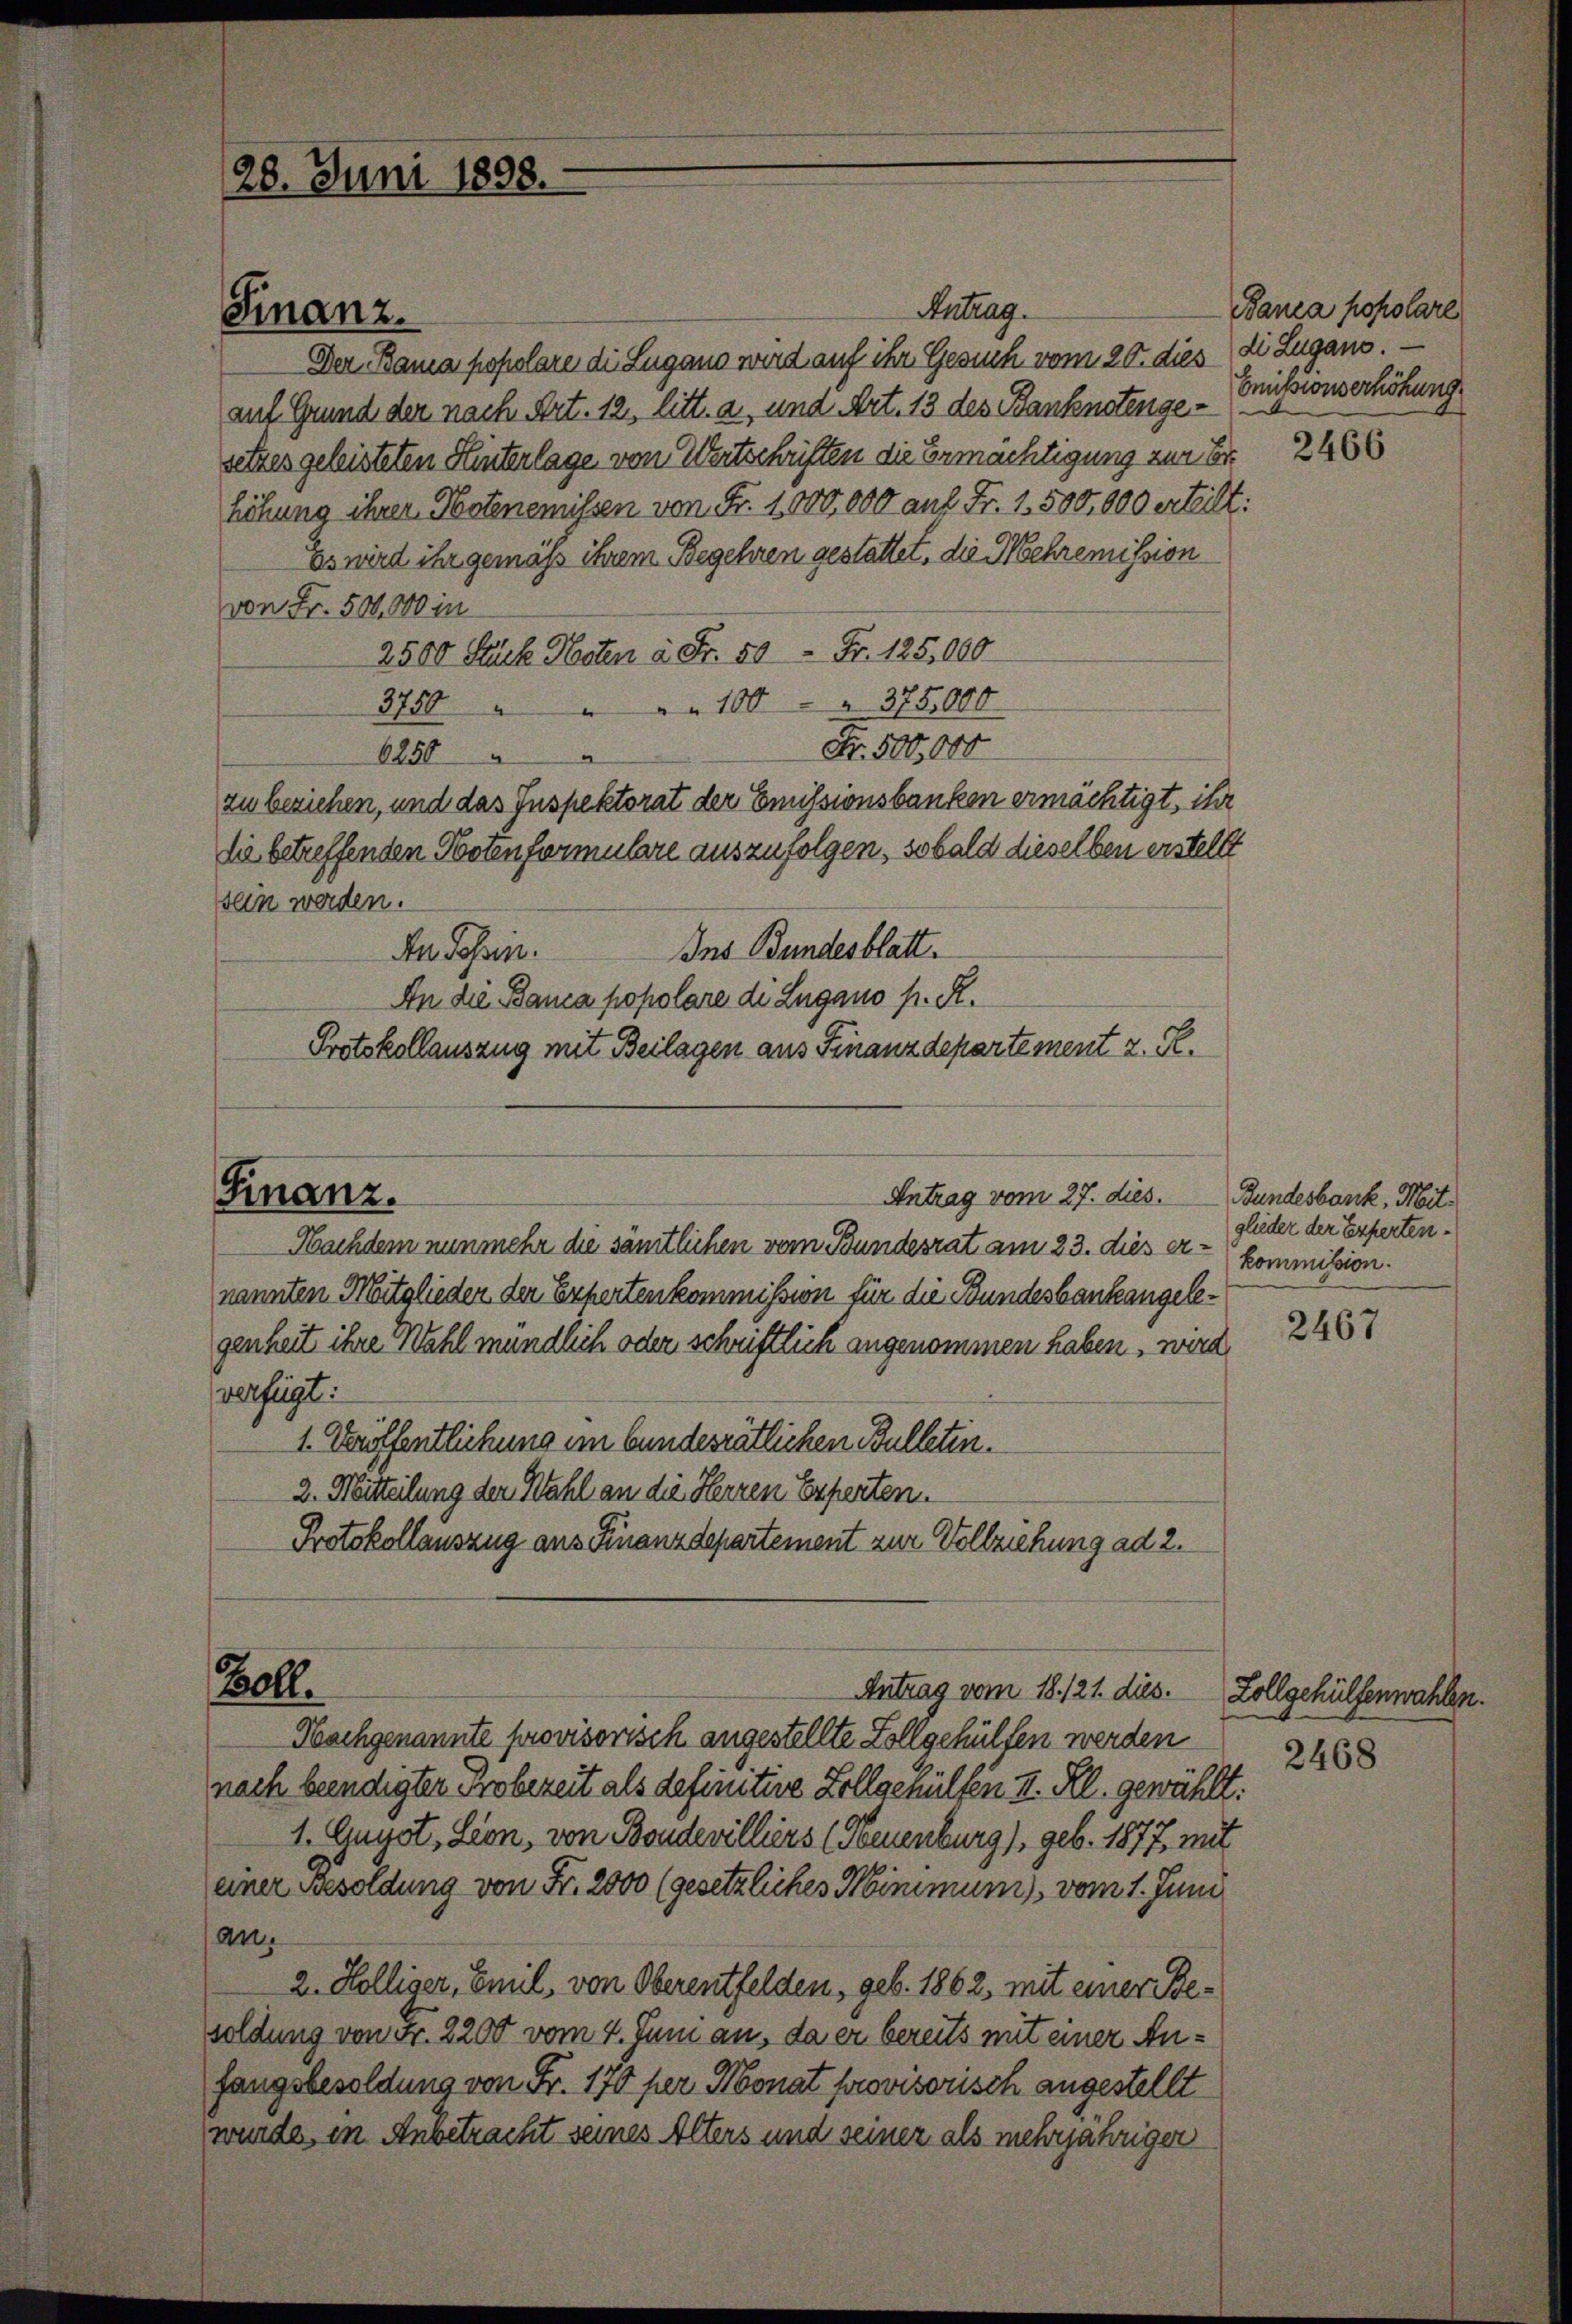
Antrag
Der Bama popolare die Lugano wird auf ihr Gesuch vom 20. dies
auf Grund der nach Art. 12, litt. a, und Art. 13 des Banknotengesetzes geleisteten Hinterlage von Wertschriften die Ermächtigung zur Erhöhung ihrer Notenemissen von Fr. 1000,000 auf Fr. 1,500,000 erteilt:
Es wird ihr gemass ihrem Begehren gestattet, die Mehremission
von Fr. 500,000 in
2500 Stück Noten à Fr. 50 Fr. 125,000
3750 " " " " 100 " " 375,000
Fr. 500,000
a
6250
zu beziehen, und das Inspektorat der Emissionsbanken ermächtigt, ihr
die betreffenden Notenformulare auszufolgen, sobald dieselben erstellt
sein werden.
Ins Bundesblatt.
An Possen.
An die Banca popolare di Lugano h. R.
Protokollauszug mit Beilagen aus Finanzdepartement z. R.
Antrag vom 27. dies.
Nachdem nunmehr die samtlichen vom Bundesrat am 23. dies ernannten Mitglieder der Expertenkommission für die Bundesbanke angelegenheit ihre Wahl mündlich oder schriftlich angenommen haben, wird
verfügt:
1. Waffentlichung im bundesrätlichen Bulleten.
2. Mitteilung der Wahl an die Herren Experten
Protokollauszug aus Finanzdepartement zur Vollziehung ad 2.
Boll
Antrag vom 18. 121. dies.
Nachgenannte provisorisch angestellte Zollgehülfen werden
nach beendigter Probezeit als definitive Zollgehülfen II. Kl. gewählt:
1. Augst, Lion, von Bondevilliers (Neuenburg), geb. 1877, mit
einer Besoldung von Fr. 2000 (gesetzliches Minimum vom 1. Juni
an.
2. Kölliger, Emil, von Oberentfelden, geb. 1862, mit einer Besoldung von Fr. 2200 vom 4. Juni an, da er bereits mit einer Anfangsbesoldung von Fr. 170 per Monat provisorisch angestellt
wurde in Anbetracht seines Alters und seiner als mehrjährigen

28. Juni 1898.

Finanz.

Finanz.

Bania popolare
di Lugano.
Cmissionserhöhung

2466

Bundesbank, Mitglieder der Expertenkommission.

2467

Lollgehülfenwahlen
2468